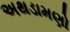
અથડામણો